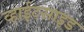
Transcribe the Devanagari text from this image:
व्हाईटसाइड